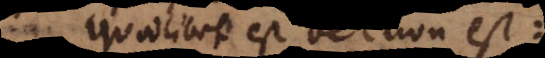
Quodlibet est vel non est: